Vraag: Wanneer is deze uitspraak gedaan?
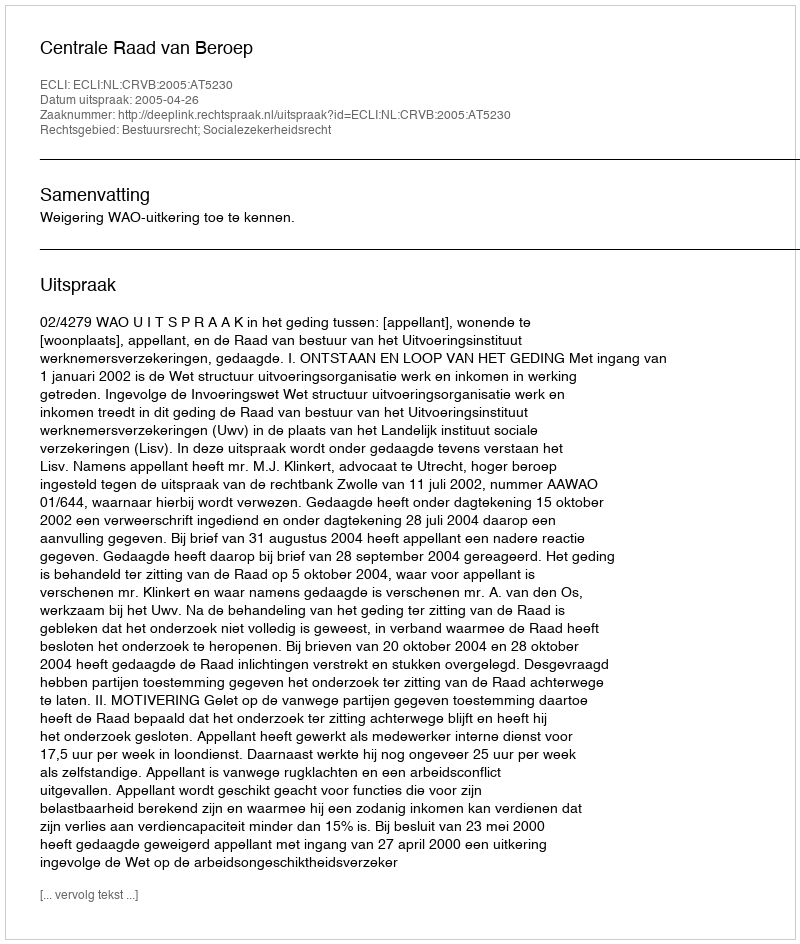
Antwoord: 2005-04-26